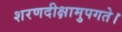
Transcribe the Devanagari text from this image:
शरणदीक्षामुपगते।